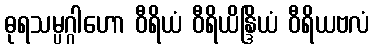
ဓုရသမ္ပဂ္ဂါဟော ဝီရိယံ ဝီရိယိန္ဒြိယံ ဝီရိယဗလံ